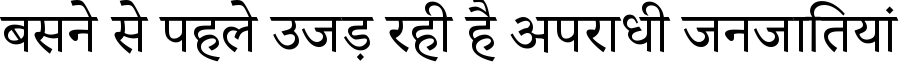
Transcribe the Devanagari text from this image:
बसने से पहले उजड़ रही है अपराधी जनजातियां